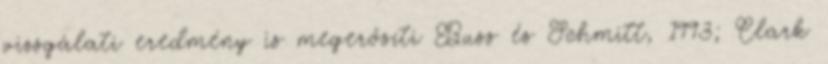
vizsgálati eredmény is megerősíti Buss és Schmitt, 1993; Clark